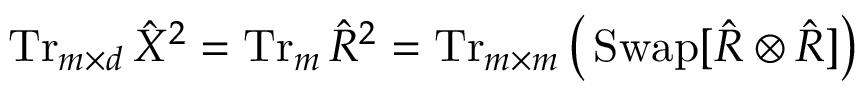
\operatorname { T r } _ { m \times d } \hat { X } ^ { 2 } \stackrel { } { = } \operatorname { T r } _ { m } \hat { R } ^ { 2 } = \operatorname { T r } _ { m \times m } \big ( \operatorname { S w a p } [ \hat { R } \otimes \hat { R } ] \big )